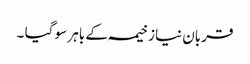
قربان نیاز خیمہ کے باہر سو گیا ۔